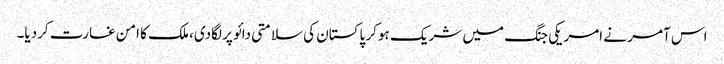
اس آمر نے امریکی جنگ میں شریک ہوکر پاکستان کی سلامتی دائو پر لگادی، ملک کا امن غارت کردیا۔